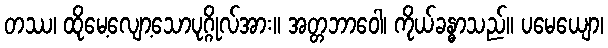
တဿ၊ ထိုမေ့လျော့သောပုဂ္ဂိုလ်အား။ အတ္တဘာဝေါ၊ ကိုယ်ခန္ဓာသည်။ ပမေယျော၊